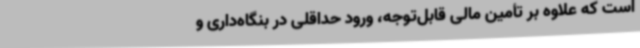
است که علاوه بر تأمین مالی قابل‌توجه، ورود حداقلی در بنگاه‌داری و